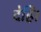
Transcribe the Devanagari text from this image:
देहि।